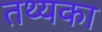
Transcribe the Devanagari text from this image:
तथ्यका